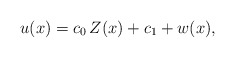
\begin{align*} u(x)=c_0\,Z(x)+ c_1+w(x), \end{align*}